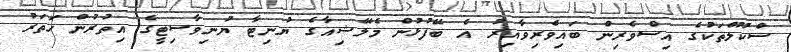
ސްކޫލްތަކުގެ އިސްވެރިން ބައިވެރިވާއިރު އެ ބޭފުޅުން މެލޭޝިއާގެ ޔުނިޓާ ޔުނިވާސިޓީގެ އިތުރުން ހަތަރު